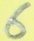
Text: 6